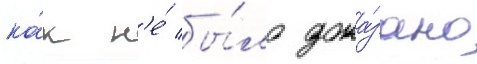
ка́к н'е́ бы́ло дока́зано